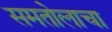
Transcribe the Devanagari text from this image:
समतोलाचा